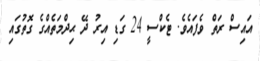
އައިސް ރަތް ވެފައެވެ. ޓެކްސީ 24 ގަޑި އިރު ދޭ ޙިދްމަތެއްގެ ގޮތުގައި